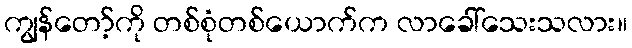
ကျွန်တော့်ကို တစ်စုံတစ်ယောက်က လာခေါ်သေးသလား။